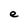
Character: e